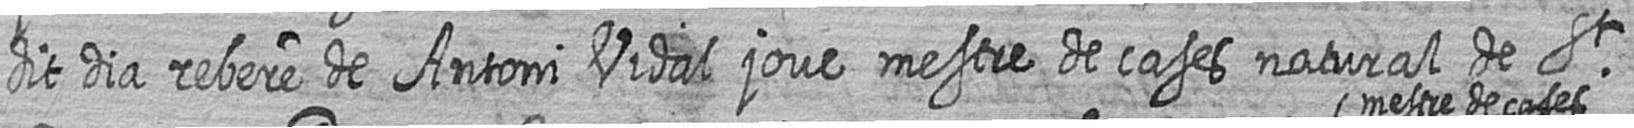
dit dia rebere de Antoni Vidal jove mestre de cases natural de St